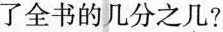
了全书的几分之几？